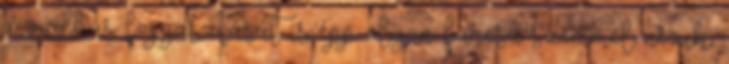
a vadhús fogyasztását is épp olyan furcsa szemmel nézik,